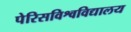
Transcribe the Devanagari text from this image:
पेरिसविश्वविद्यालय